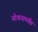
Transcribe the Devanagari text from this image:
स्टेशनापर्यंत